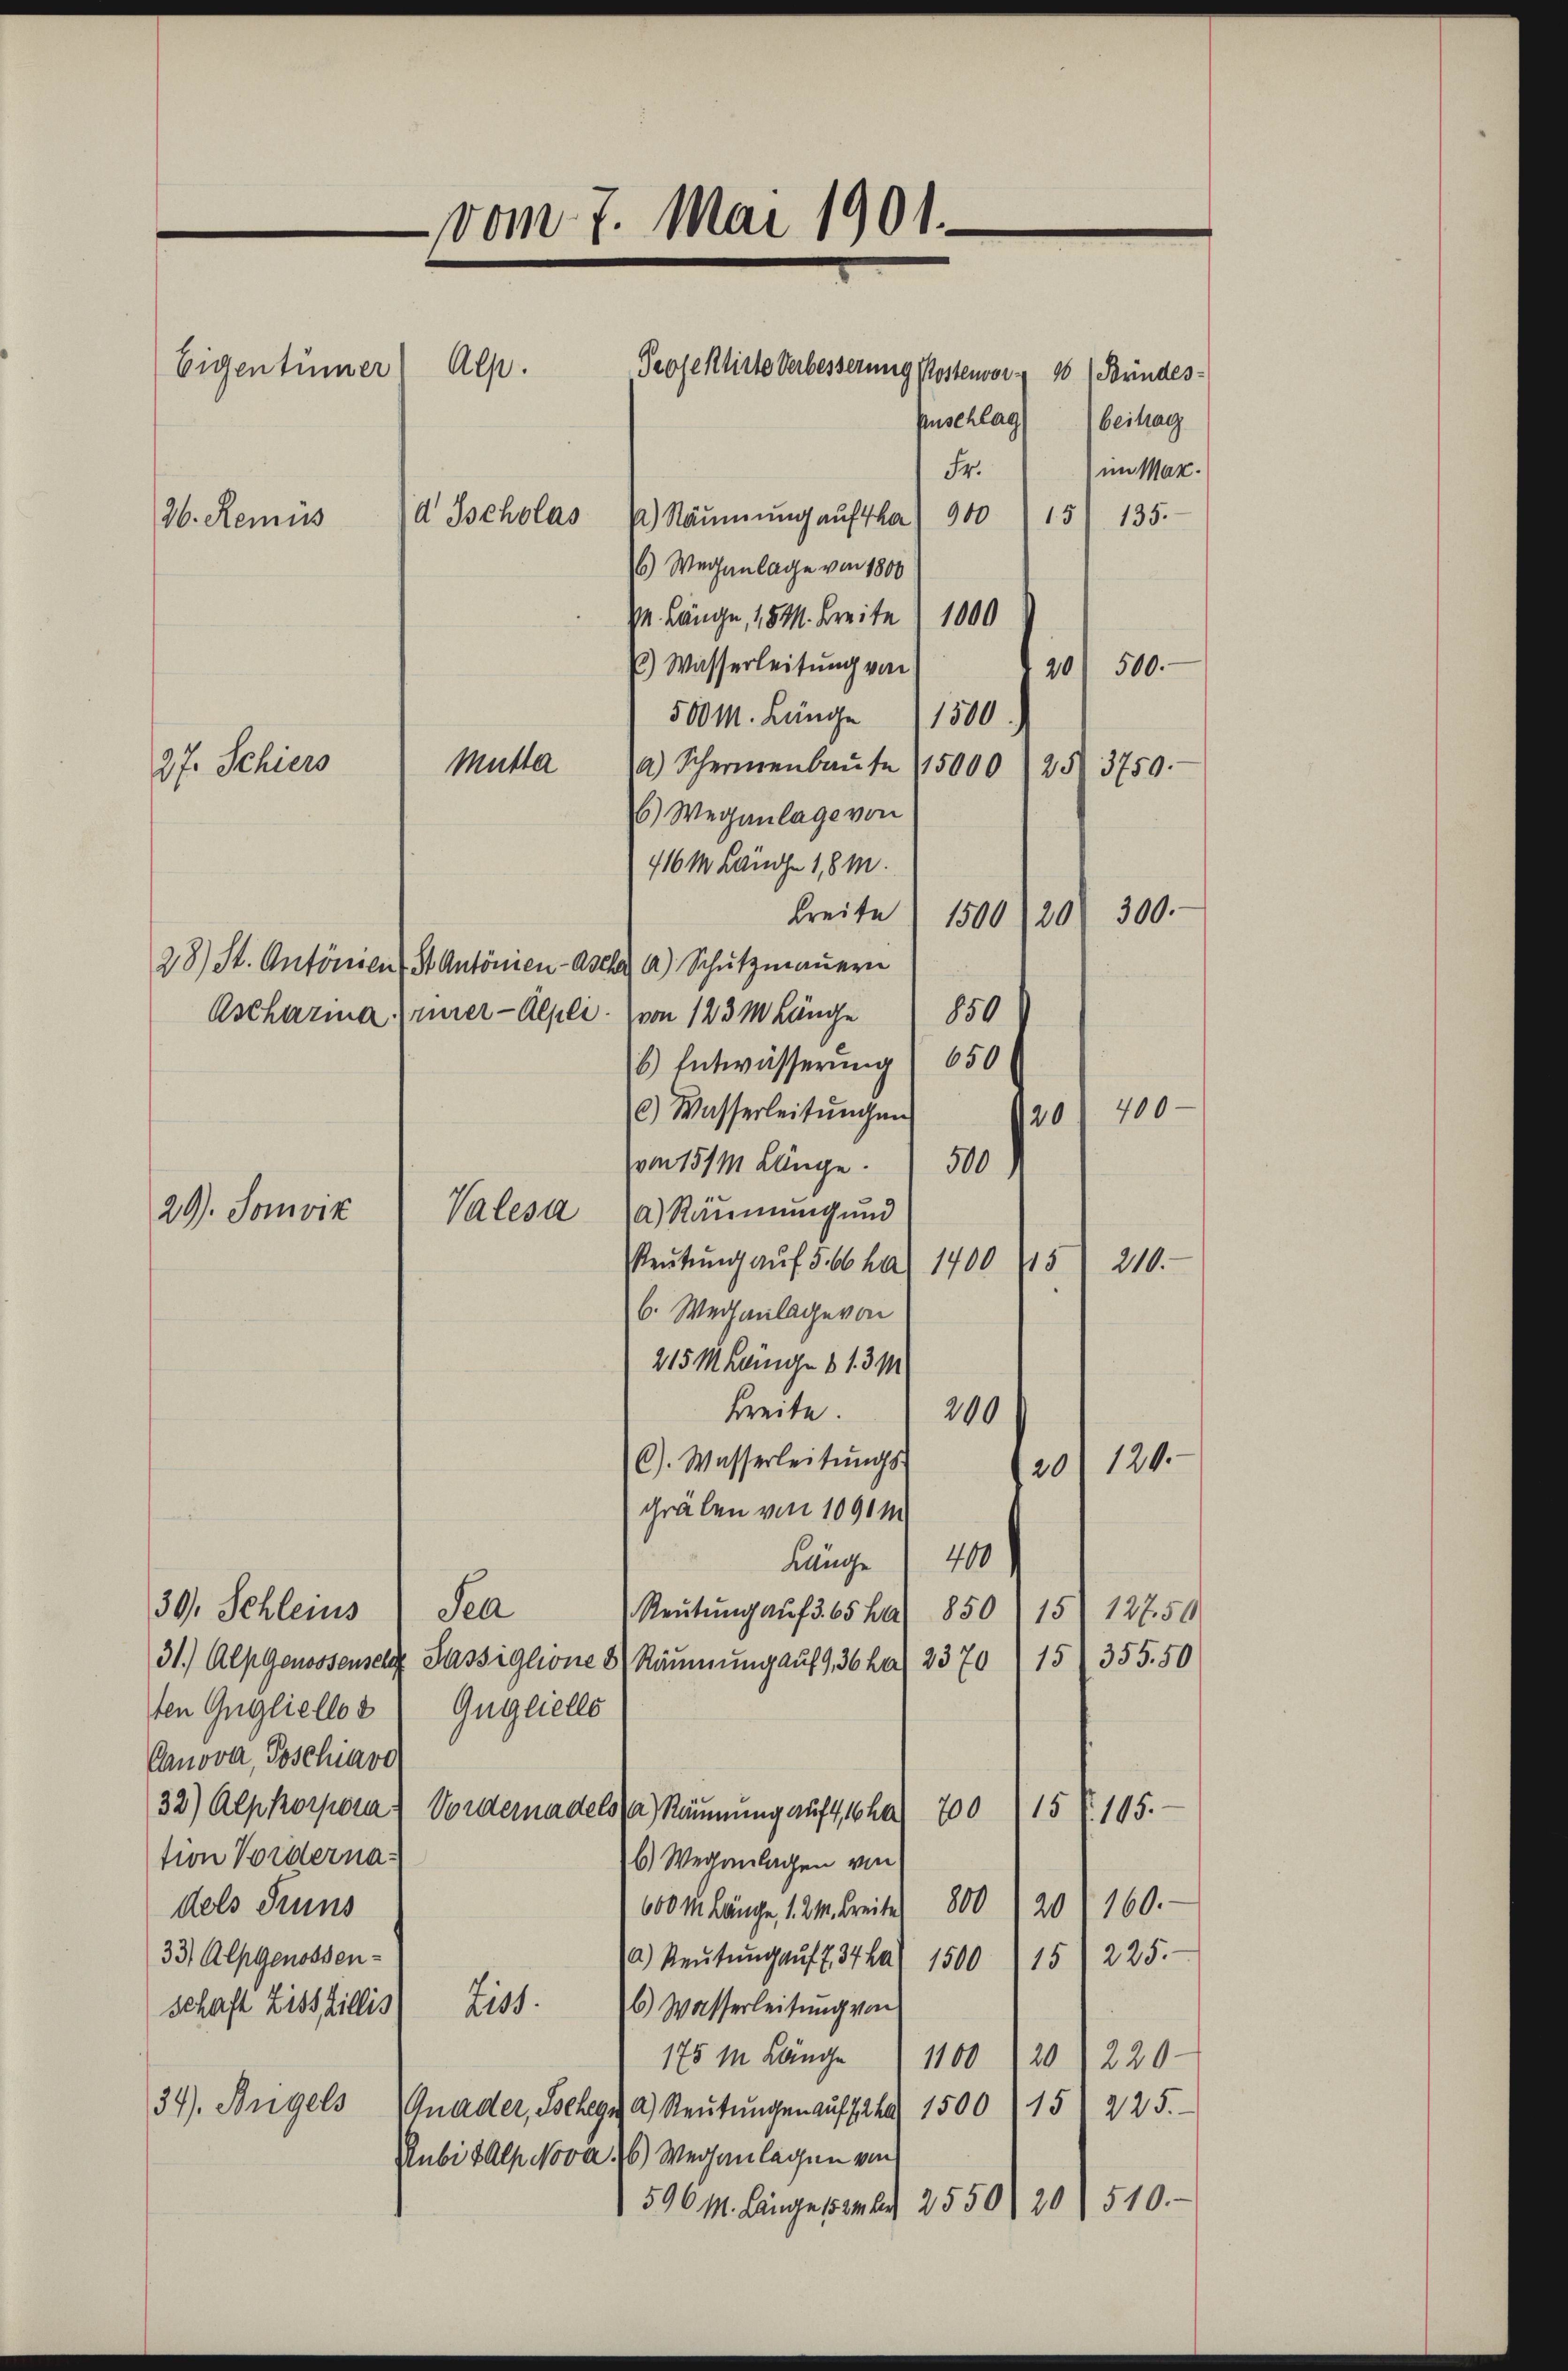
vom 7. Mai 1901.
Alp.
Eigentümer
Projektirte Verbesserung Kostenvor & 10 " Brindes-
puschlag
Fr.
d Ischolas  Räŭmŭng aŭftha. 900 15 135.
36. Remüs
6) Weganlage von 1800

27. Schiers

M. Länge, 15 M. Breite 1000
Es) Wasserleitung von
500 M. Länge 1500.
Mutta a Schermenbaŭte 15000 258. 3759.
6) Weganlage von
716m Länge 181.
breite 1500 (20
28) St. Antonien St. Antönien-Ascher a) Schutzmauern
Ascharma Eurer-Alpli. (von 123 m Länge 850
6) Entwässerung, 650
c) Wasserleitŭngen
von 1511 Länge 500
Valesa (a) Räumung und
Reutung auf 5. 66 ha 1400 415
b. Weganlage von
215 Mange 1 131
Breite 200
C). Wasserleitŭngs-
20/120.
gräben von 1090 M
Länge 400
30, Schleins) Jea
Reŭtŭng aŭf 3. 65 ha 850 (15 127.50
15 (355. 50
31.) Alpgenossensch Passiglione 8 Räumung auf 9,36 ha 2370
ten Gugliellos. Gugeielle
Canova, Toschiavo
32) Alpkorpora) Vorgeradels a) Räumung auf 4, 16 ha 700 (15 (105.
tion Vorderna¬
6) Weganlagen von
600m Länge, 1. M. Breite 800 20 x 160.
dels Suns
33) Alpgenossen-
a) Reŭtŭng aŭf 734ha) 1500 (15) 225.
b) Wasserleitung von
schaft ZissZillis) Ziss.
175m Länge 1100
201220.
34). Angels Gnader, Schegg a) Reŭtŭngen auf Jahr 1500 (15. 225.
Rubi Alp Nova 6) Weganlagen von
596 M. Länge sank. 2550) 20) 510.

29). Sonvik

20

beitrag
im Mar.

500.

300.

20

400

210.